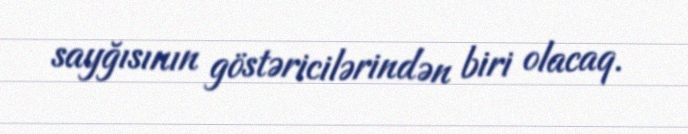
sayğısının göstəricilərindən biri olacaq.